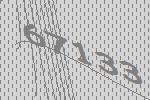
67133